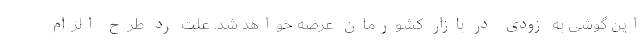
این گوشی به زودی در بازار کشورمان عرضه خواهد شد. علت رد طرح الزام